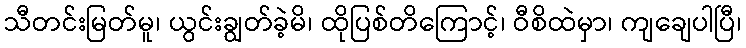
သီတင်းမြတ်မူ၊ ယွင်းချွတ်ခဲ့မိ၊ ထိုပြစ်တိကြောင့်၊ ဝီစိထဲမှာ၊ ကျချေပါပြီ၊